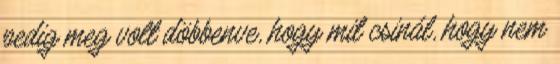
pedig meg volt döbbenve, hogy mit csinál, hogy nem